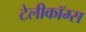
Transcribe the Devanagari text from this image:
टेलीकॉम्स